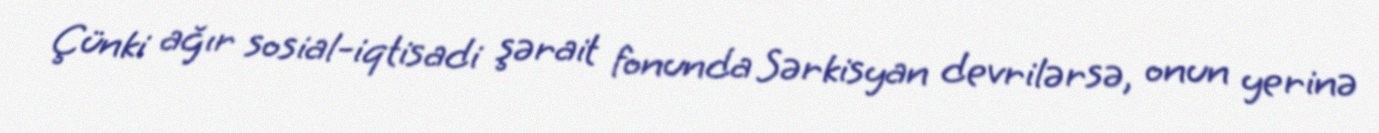
Çünki ağır sosial-iqtisadi şərait fonunda Sərkisyan devrilərsə, onun yerinə